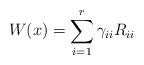
LaTeX: \begin{align*}W(x) = \sum^r_{i=1} \gamma_{ii}R_{ii}\end{align*}